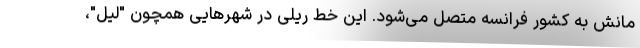
مانش به کشور فرانسه متصل می‌شود. این خط ریلی در شهرهایی همچون "لیل"،